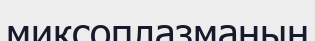
миксоплазманың